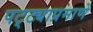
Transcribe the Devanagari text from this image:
पट्ट्याप्रमाणे